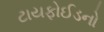
ટાયફોઈડનો